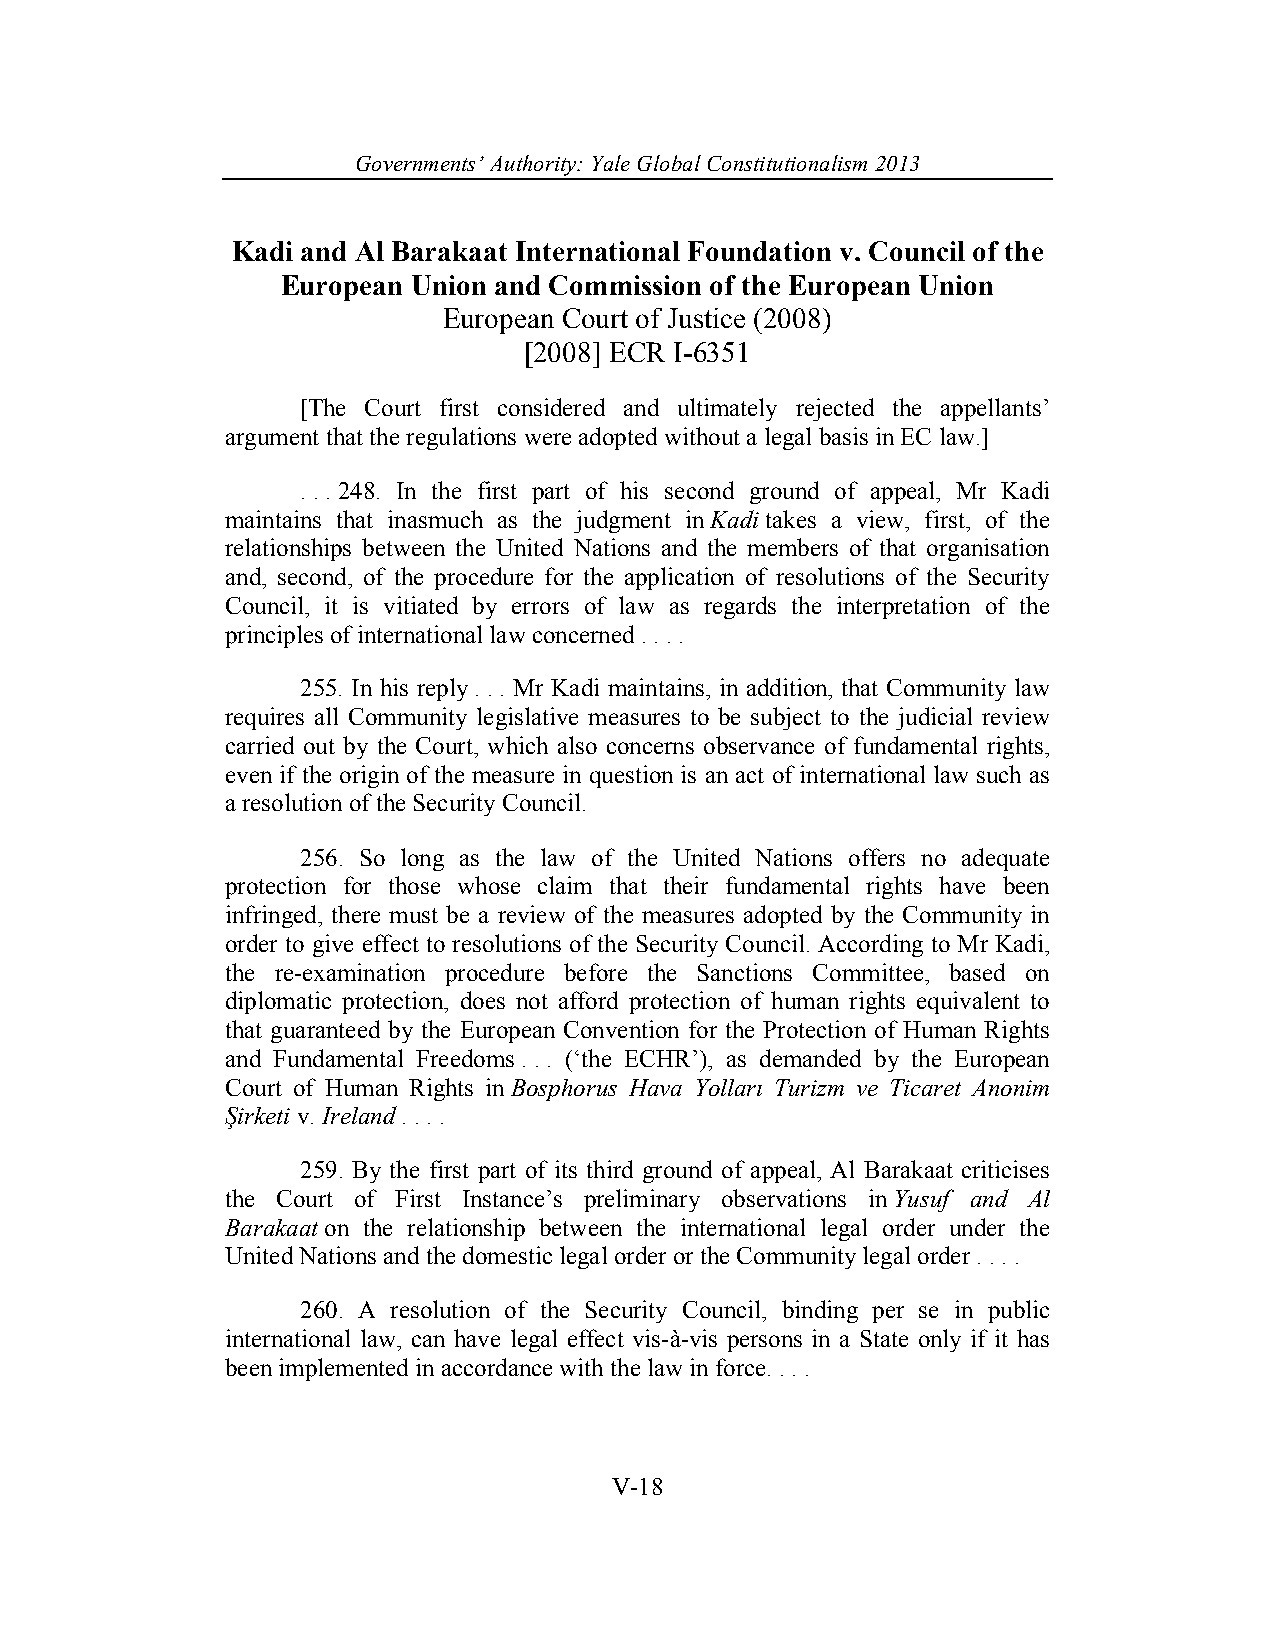
Governments’ Authority: Yale Global Constitutionalism 2013
 Kadi and Al Barakaat International Foundation v. Council of the
 European Union and Commission of the European Union
 European Court of Justice (2008)
 [2008] ECR I-6351
 [The Court first considered and ultimately rejected the appellants’
 argument that the regulations were adopted without a legal basis in EC law.]
 . . . 248. In the first part of his second ground of appeal, Mr Kadi
 maintains that inasmuch as the judgment in Kadi takes a view, first, of the
 relationships between the United Nations and the members of that organisation
 and, second, of the procedure for the application of resolutions of the Security
 Council, it is vitiated by errors of law as regards the interpretation of the
 principles of international law concerned . . . .
 255. In his reply . . . Mr Kadi maintains, in addition, that Community law
 requires all Community legislative measures to be subject to the judicial review
 carried out by the Court, which also concerns observance of fundamental rights,
 even if the origin of the measure in question is an act of international law such as
 a resolution of the Security Council.
 256. So long as the law of the United Nations offers no adequate
 protection for those whose claim that their fundamental rights have been
 infringed, there must be a review of the measures adopted by the Community in
 order to give effect to resolutions of the Security Council. According to Mr Kadi,
 the re-examination procedure before the Sanctions Committee, based on
 diplomatic protection, does not afford protection of human rights equivalent to
 that guaranteed by the European Convention for the Protection of Human Rights
 and Fundamental Freedoms . . . (‘the ECHR’), as demanded by the European
 Court of Human Rights in Bosphorus Hava Yolları Turizm ve Ticaret Anonim
 Şirketi v. Ireland . . . .
 259. By the first part of its third ground of appeal, Al Barakaat criticises
 the Court of First Instance’s preliminary observations in Yusuf and Al
 Barakaat on the relationship between the international legal order under the
 United Nations and the domestic legal order or the Community legal order . . . .
 260. A resolution of the Security Council, binding per se in public
 international law, can have legal effect vis-à-vis persons in a State only if it has
 been implemented in accordance with the law in force. . . .
 V-18